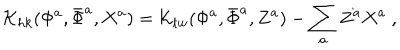
{ \cal K } _ { h k } ( { \Phi } ^ { a } , { \bar { \Phi } } ^ { a } , X ^ { a } ) = { \cal K } _ { t w } ( { \Phi } ^ { a } , { \bar { \Phi } } ^ { a } , Z ^ { a } ) - \sum _ { a } Z ^ { a } X ^ { a } \ ,